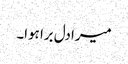
میرا دل برا ہوا۔